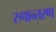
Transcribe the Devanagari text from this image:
रुपान्‍तरण